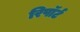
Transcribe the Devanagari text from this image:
रिपॉर्ट